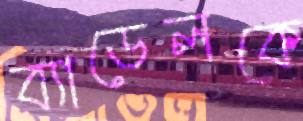
ব্যাডেলকে